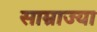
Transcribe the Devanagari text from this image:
साम्राज्या